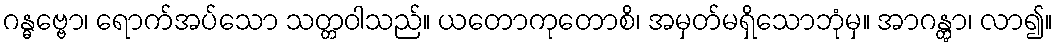
ဂန္ဓဗ္ဗော၊ ရောက်အပ်သော သတ္တဝါသည်။ ယတောကုတောစိ၊ အမှတ်မရှိသောဘုံမှ။ အာဂန္တွာ၊ လာ၍။